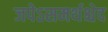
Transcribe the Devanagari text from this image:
जपेऽसमर्थश्चेद